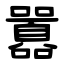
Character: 囂